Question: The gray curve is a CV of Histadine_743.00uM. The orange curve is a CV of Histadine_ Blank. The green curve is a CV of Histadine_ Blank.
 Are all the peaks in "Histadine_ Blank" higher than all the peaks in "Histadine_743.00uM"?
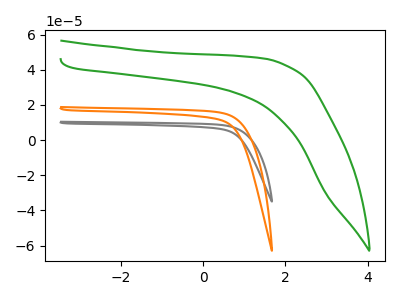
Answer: <think>The gray curve "Histadine_743.00uM" has no peaks. The orange curve "Histadine_ Blank" has no peaks. The green curve "Histadine_ Blank" has no peaks.</think>
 <answer>Niether CV has any peaks.</answer>
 <eval>blanks</eval>